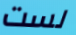
لست